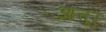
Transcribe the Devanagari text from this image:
आत्तूर